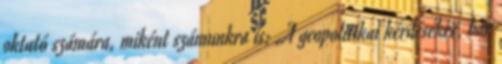
oktató számára, miként számunkra is: „A geopolitikai kérdésekre, bár